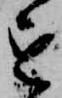
を